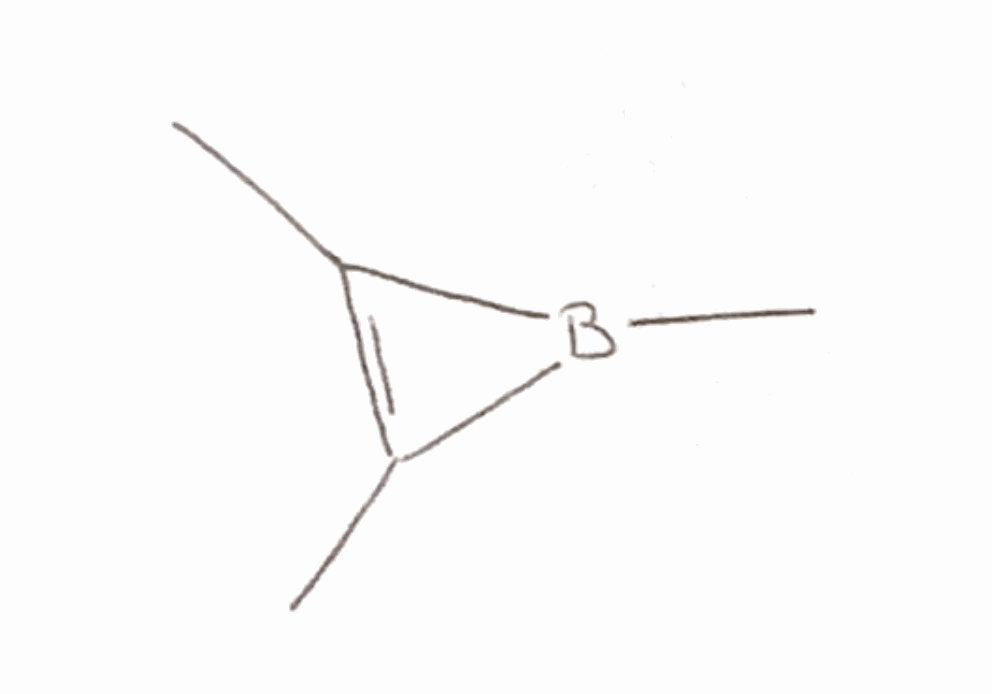
Simplified molecular-input line-entry system (SMILES) notation of the given molecule:
B1(C(=C1C)C)C